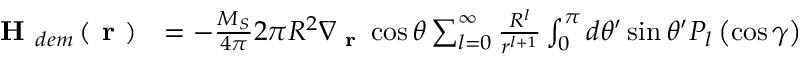
\begin{array} { r l } { \textbf { H } _ { d e m } \left( \textbf { r } \right) } & { = - \frac { M _ { S } } { 4 \pi } 2 \pi R ^ { 2 } \nabla _ { \textbf { r } } \cos \theta \sum _ { l = 0 } ^ { \infty } \frac { R ^ { l } } { r ^ { l + 1 } } \int _ { 0 } ^ { \pi } d \theta ^ { \prime } \sin \theta ^ { \prime } P _ { l } \left( \cos \gamma \right) } \end{array}